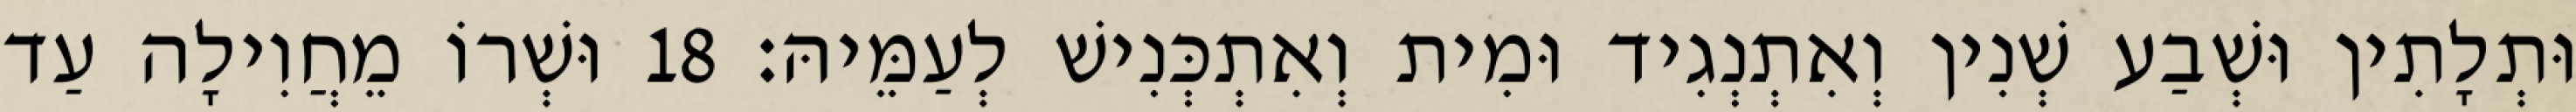
וּתְלָתִין וּשְׁבַע שְׁנִין וְאִתְנְגִיד וּמִית וְאִתְכְּנִישׁ לְעַמֵּיהּ׃ 18 וּשְׁרוֹ מֵחֲוִילָה עַד